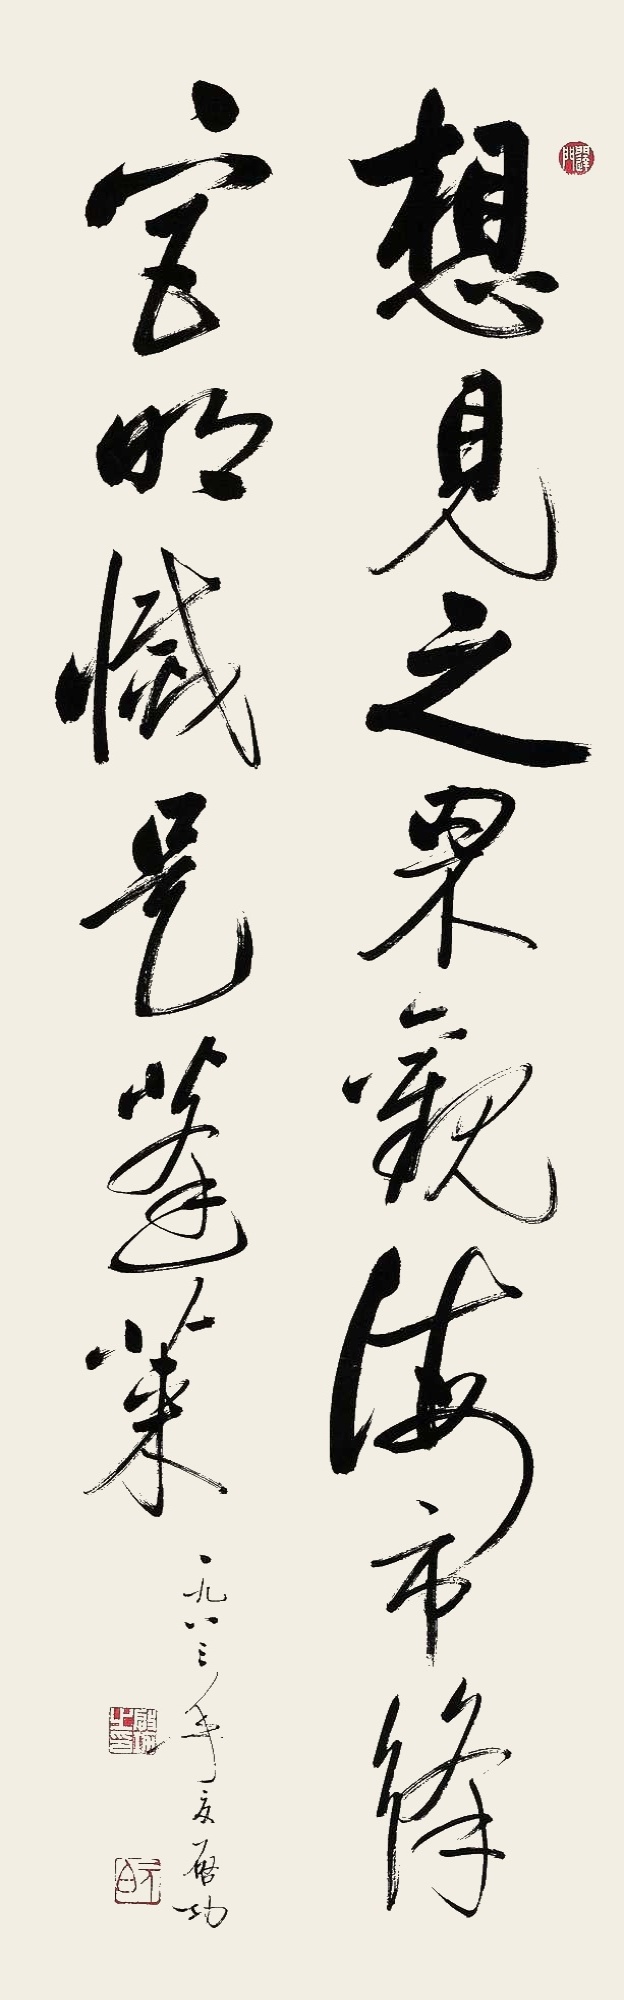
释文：想见之罘观海市，绛宫明灭是蓬莱。一九八三年夏，启功。